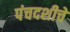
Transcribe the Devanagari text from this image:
पंचदशीचे